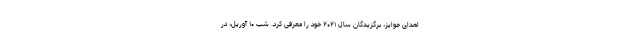
اهدای جوایز، برگزیدگان سال ۲۰۲۱ خود را معرفی کرد. شب ۱۰ آوریل، در